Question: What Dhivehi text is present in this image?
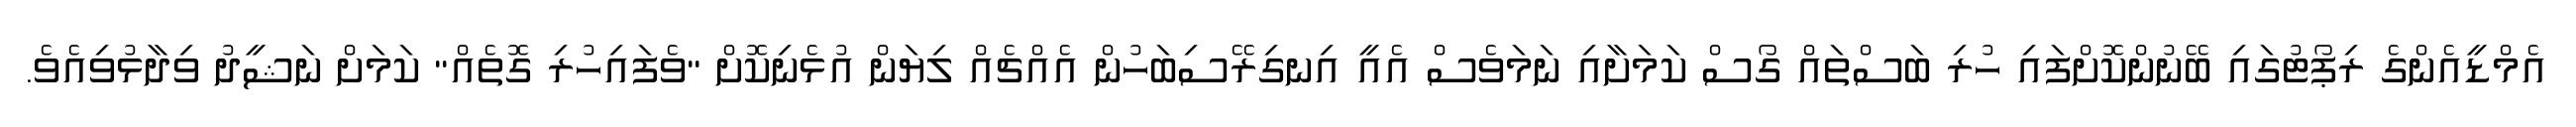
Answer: އެމްޑީއެންގެ ރިޕޯޓުގައި ބޭނުންކޮށްފައި ހުރި ބަސްތައް ގޯސް ކަމަށާއި ނަމަވެސް އެއީ އިނގިރޭސިބަހުން އެއްޗެއް ލިޔަން އުޅެނިކޮށް "ވެފައިހުރި ގޮތެއް" ކަމަށް ނަޝީދު ވިދާޅުވިއެވެ.